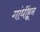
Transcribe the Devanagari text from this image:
गांधींहून